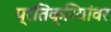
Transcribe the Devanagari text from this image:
प्रतिक्रियांवर